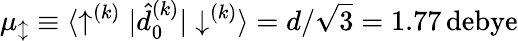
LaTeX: \mu_{\updownarrow}\equiv{\langle\uparrow^{(k)}|\hat{d}_{0}^{(k)}|\downarrow^{(k)}\rangle}=d/\sqrt{3}=1.77\, \mathrm{debye}